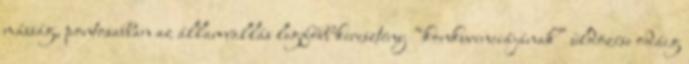
másság, pontosabban az államvallás legfőbb keresztény “konkurenciájának” üldözése odáig